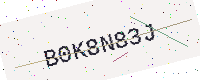
Text: B0K8N83J